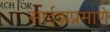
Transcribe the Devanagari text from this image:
साईझप्रमाणे